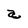
Character: a